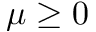
\mu \geq 0